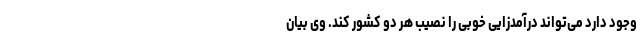
وجود دارد می‌تواند درآمدزایی خوبی را نصیب هر دو کشور کند. وی بیان